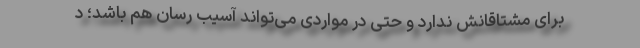
برای مشتاقانش ندارد و حتی در مواردی می‌تواند آسیب رسان هم باشد؛ د